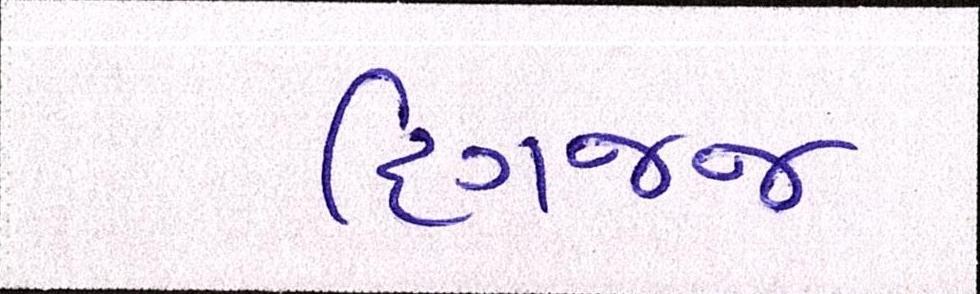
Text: દિગજ્જ